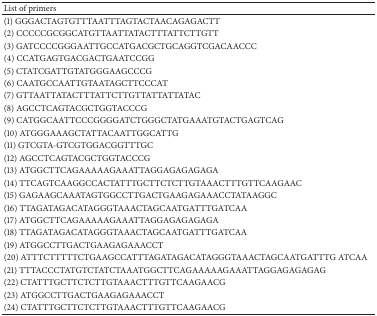
| List of primers |
 | --- |
 | (1) GGGACTAGTGTTTAATTTAGTACTAACAGAGACTT |
 | (2) CCCCCGCGGCATGTTAATTATACTTTATTCTTGTT |
 | (3) GATCCCCGGGAATTGCCATGACGCTGCAGGTCGACAACCC |
 | (4) CCATGAGTGACGACTGAATCCGG |
 | (5) CTATCGATTGTATGGGAAGCCCG |
 | (6) CAATGCCAATTGTAATAGCTTCCCAT |
 | (7) GTTAATTATACTTTATTCTTGTTATTATTATAC |
 | (8) AGCCTCAGTACGCTGGTACCCG |
 | (9) CATGGCAATTCCCGGGGATCTGGGCTATGAAATGTACTGAGTCAG |
 | (10) ATGGGAAAGCTATTACAATTGGCATTG |
 | (11) GTCGTA-GTCGTGGACGGTTTGC |
 | (12) AGCCTCAGTACGCTGGTACCCG |
 | (13) ATGGCTTCAGAAAAAGAAATTAGGAGAGAGAGA |
 | (14) TTCAGTCAAGGCCACTATTTGCTTCTCTTGTAAACTTTGTTCAAGAAC |
 | (15) GAGAAGCAAATAGTGGCCTTGACTGAAGAGAAACCTATAAGGC |
 | (16) TTAGATAGACATAGGGTAAACTAGCAATGATTTGATCAA |
 | (17) ATGGCTTCAGAAAAAGAAATTAGGAGAGAGAGA |
 | (18) TTAGATAGACATAGGGTAAACTAGCAATGATTTGATCAA |
 | (19) ATGGCCTTGACTGAAGAGAAACCT |
 | (20) ATTTCTTTTTCTGAAGCCATTTAGATAGACATAGGGTAAACTAGCAATGATTTG ATCAA |
 | (21) TTTACCCTATGTCTATCTAAATGGCTTCAGAAAAAGAAATTAGGAGAGAGAG |
 | (22) CTATTTGCTTCTCTTGTAAACTTTGTTCAAGAACG |
 | (23) ATGGCCTTGACTGAAGAGAAACCT |
 | (24) CTATTTGCTTCTCTTGTAAACTTTGTTCAAGAACG |